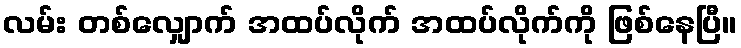
လမ်း တစ်လျှောက် အထပ်လိုက် အထပ်လိုက်ကို ဖြစ်နေပြီ။